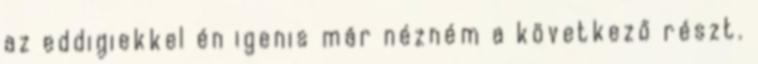
az eddigiekkel én igenis már nézném a következő részt.